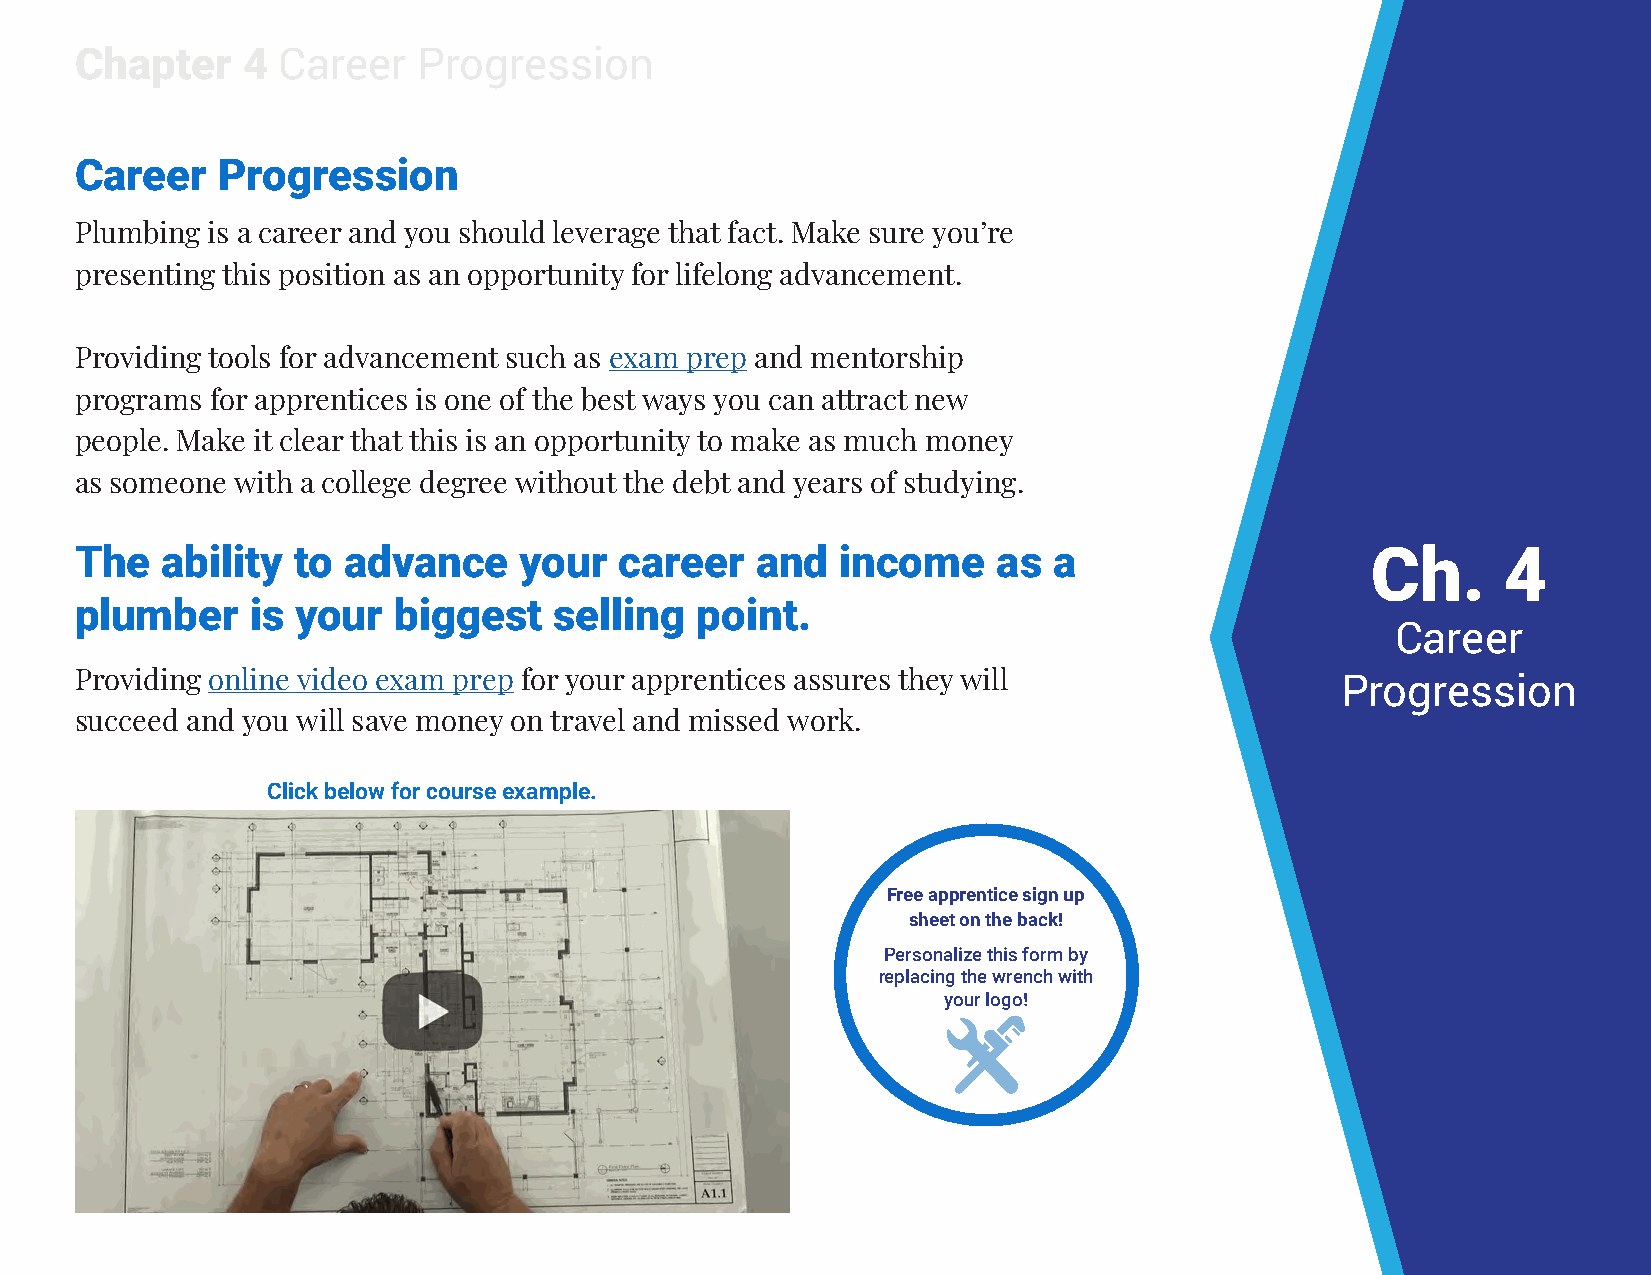
Chapter    4 Career    Progression
 Career   Progression
 Plumbing is a career and you should leverage that fact. Make sure you’re
 presenting this position as an opportunity for lifelong advancement.
 Providing tools for advancement such as exam prep and mentorship
 programs for apprentices is one of the best ways you can attract new
 people. Make it clear that this is an opportunity to make as much money
 as someone with a college degree without the debt and years of studying.
 The   ability to  advance    your   career   and   income    as  a                    Ch.     4
 plumber     is your  biggest    selling  point.
 Career
 Providing online video exam prep for your apprentices assures they will             Progression
 succeed and you will save money on travel and missed work.
 Click below for course example.
 Free apprentice sign up
 sheet on the back!
 Personalize this form by
 replacing the wrench with
 your logo!